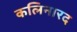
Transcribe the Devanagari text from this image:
कलिनारद